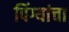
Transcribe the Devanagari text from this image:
पिंग्यांचा